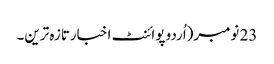
23 نومبر(اُردو پوائنٹ اخبارتازہ ترین۔